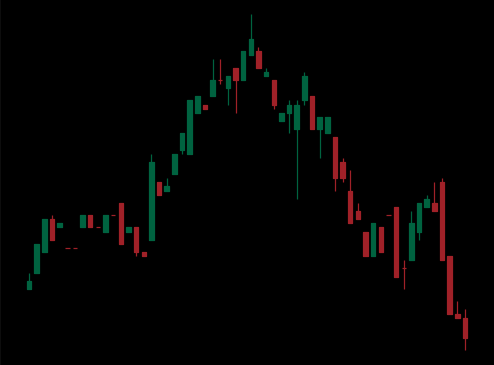
Pattern: head_shoulders